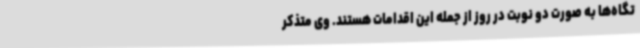
تگاه‌ها به صورت دو نوبت در روز از جمله این اقدامات هستند. وی متذکر